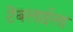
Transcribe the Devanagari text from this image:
टेंबलाईला